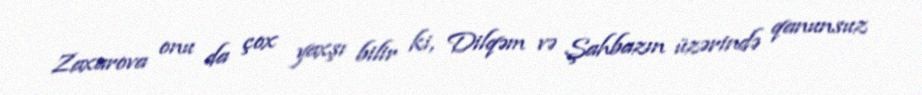
Zaxarova onu da çox yaxşı bilir ki, Dilqəm və Şahbazın üzərində qanunsuz